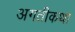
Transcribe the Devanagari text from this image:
अगतीकथा